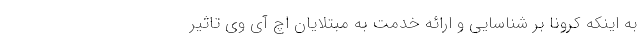
به اینکه کرونا بر شناسایی و ارائه خدمت به مبتلایان اچ آی وی تاثیر